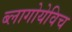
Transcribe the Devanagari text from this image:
ब्लागोयेविच